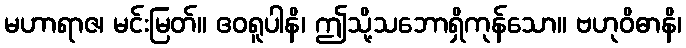
မဟာရာဇ၊ မင်းမြတ်။ ဧဝရူပါနိ၊ ဤသို့သဘောရှိကုန်သော။ ဗဟုဝိဓာနိ၊